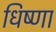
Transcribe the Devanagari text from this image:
धिष्णा